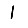
Digit: 1